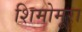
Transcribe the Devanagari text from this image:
शिमोमूरा